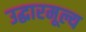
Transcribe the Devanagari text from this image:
उद्धारमूल्य